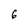
Character: 6